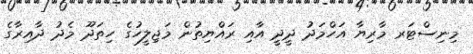
މިނިސްޓަރ މާރިޔާ އަހްމަދު ދީދީ އާއި ރައްޔިތުން މަޖިލީހުގެ ހިތަދޫ މެދު ދާއިރާގެ